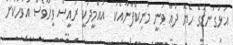
އަޅުގަނޑުގެ ހެޔޮ ދުޢާ ވަނީ މަނިކްފާނާއެކު  އުއްމީދަކީ ރައީސް ވީހާވެސް އަވަހަކަށް